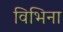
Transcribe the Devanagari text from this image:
विभिना